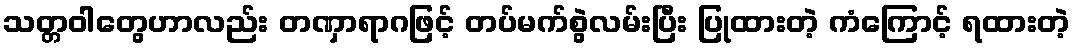
သတ္တဝါတွေဟာလည်း တဏှာရာဂဖြင့် တပ်မက်စွဲလမ်းပြီး ပြုထားတဲ့ ကံကြောင့် ရထားတဲ့